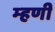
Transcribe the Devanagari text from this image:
म्‍हणी